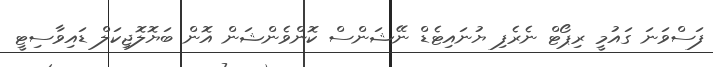
ފަސްވަނަ ގައުމީ ރިޕޯޓް ނެރެފި ޔުނައިޓެޑް ނޭޝަންސް ކޮންވެންޝަން އޮން ބަޔޮލޮޖިކަލް ޑައިވާސިޓީ